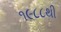
૧૯૮૮થી